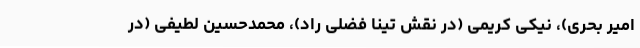
امیر بحری)، نیکی کریمی (در نقش تینا فضلی راد)، محمدحسین لطیفی (در